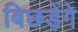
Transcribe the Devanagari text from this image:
बिछड़ेंगे